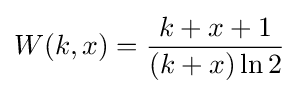
W(k,x)={\frac {k+x+1}{\left(k+x\right)\ln 2}}